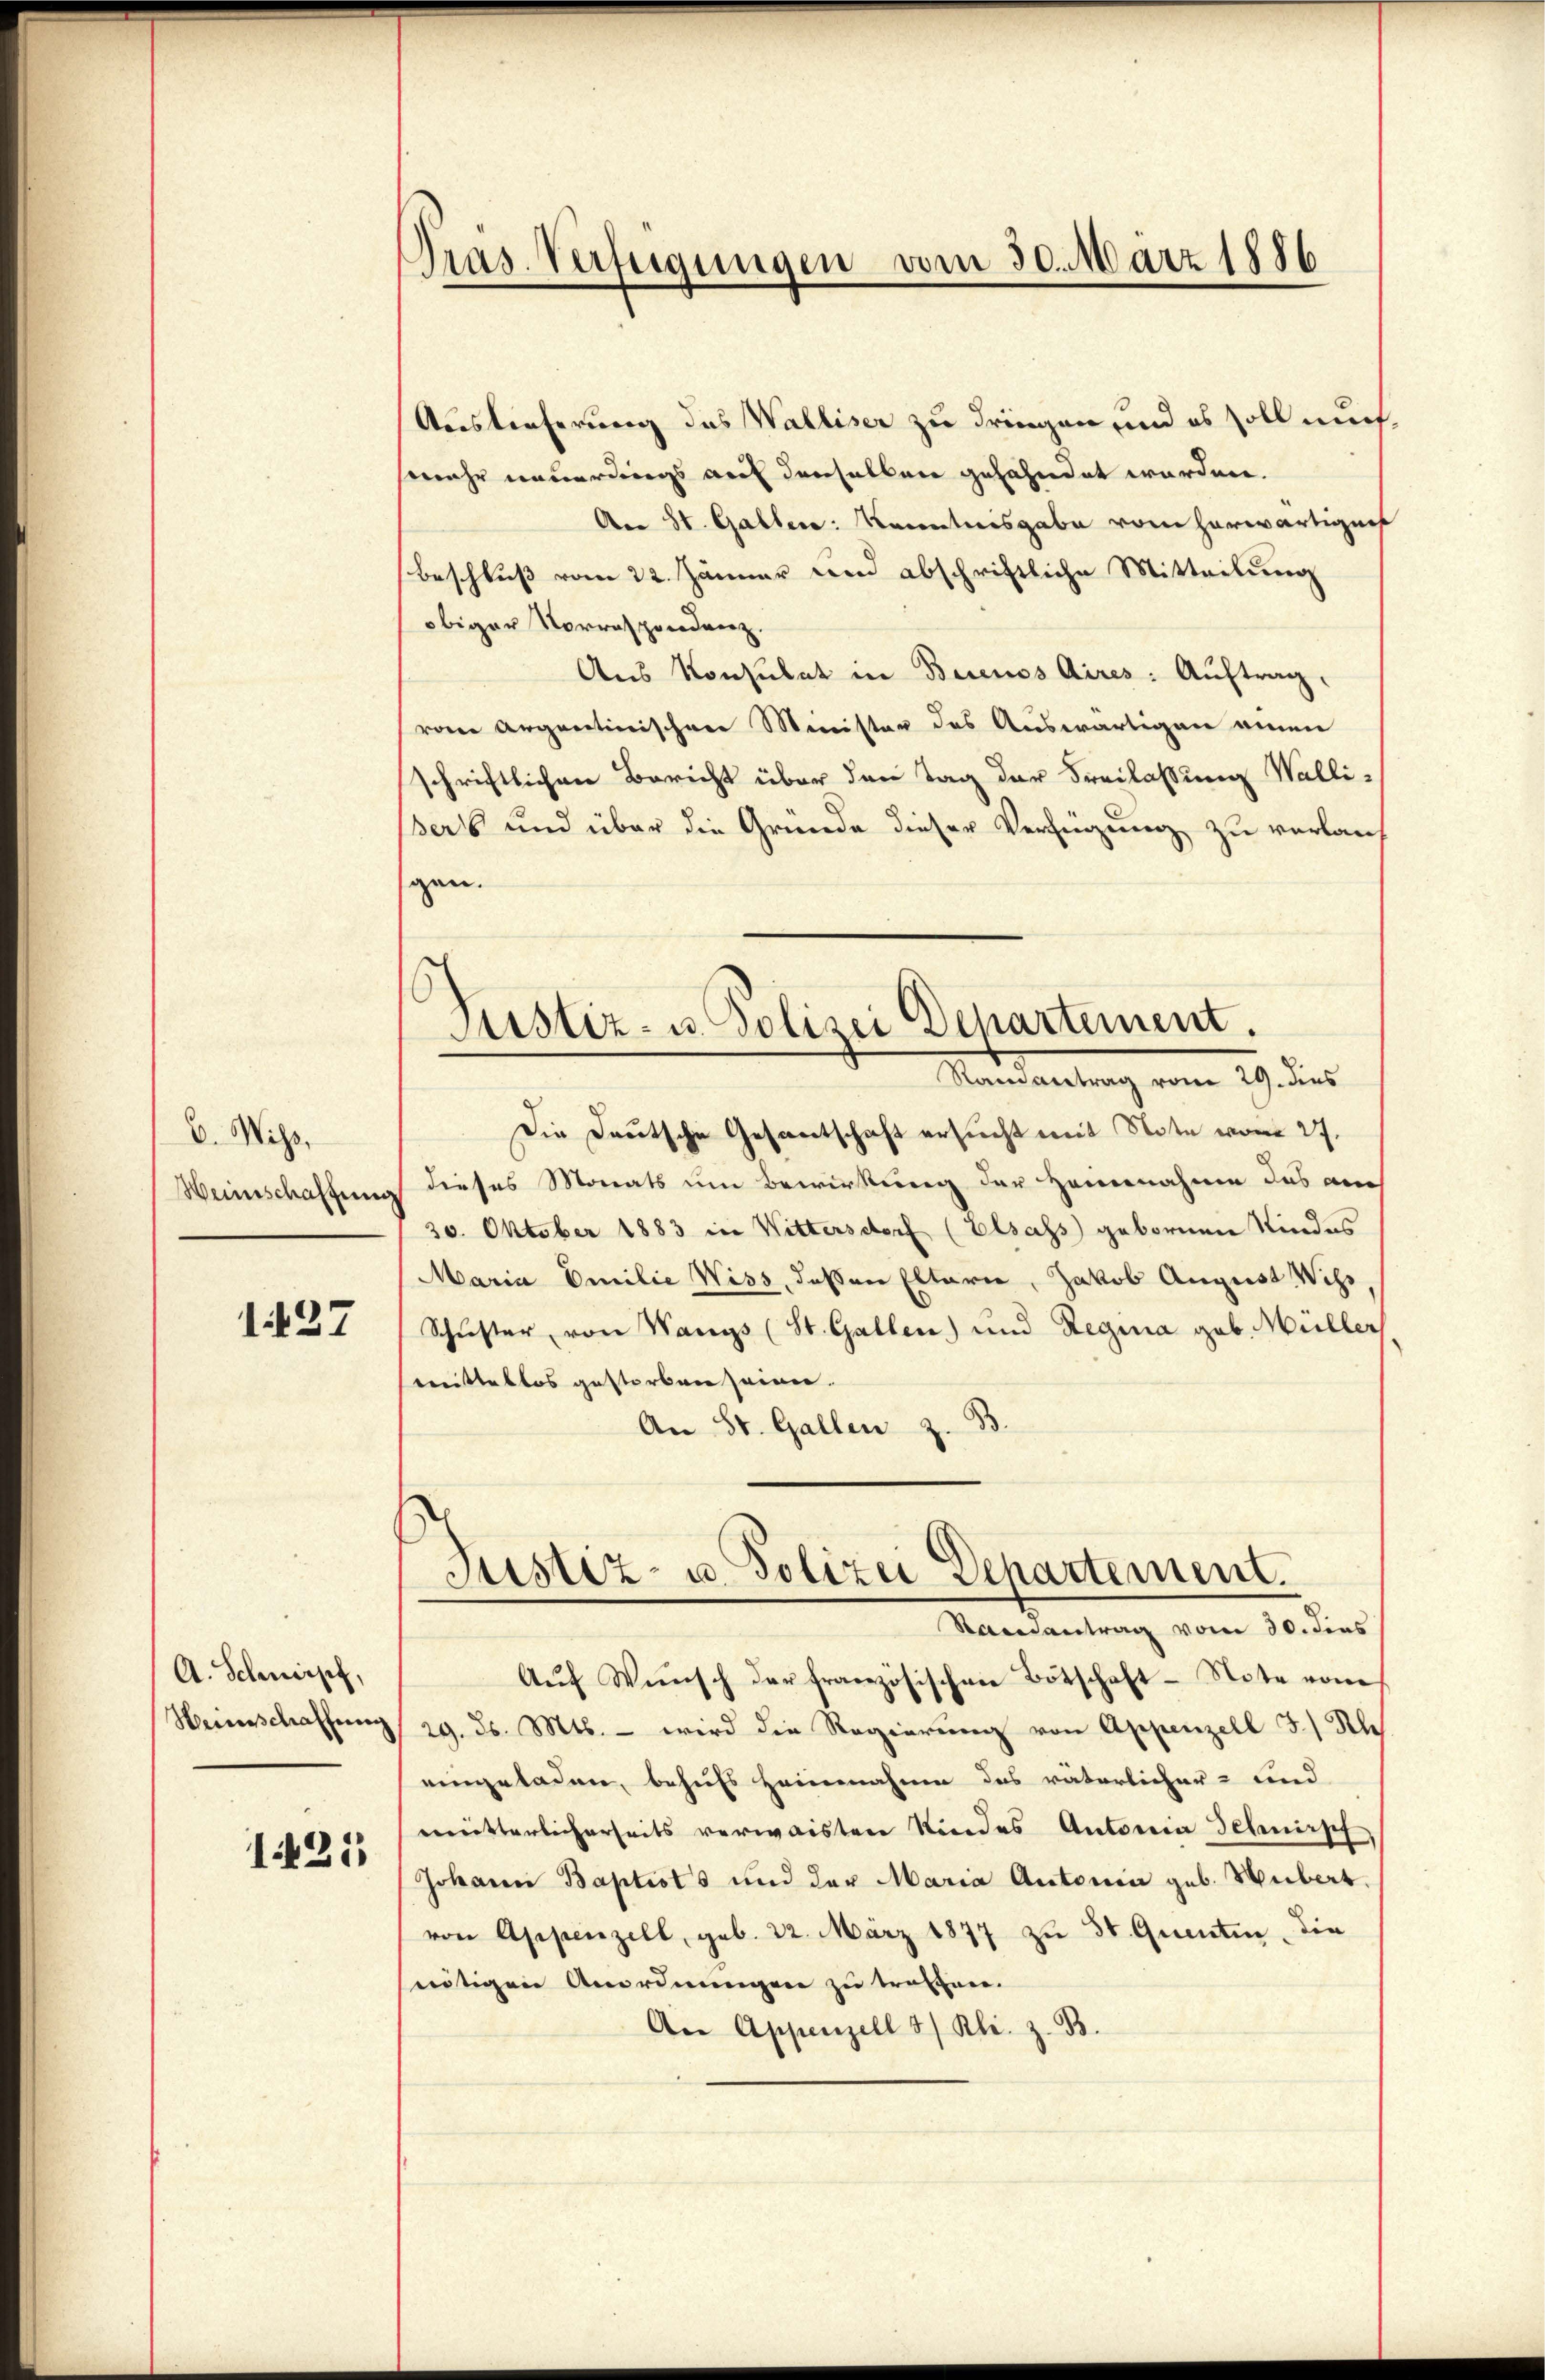
V. Wiss
Weinschaftung

1437

A. Schnisch,
Heinschaffung

1421

Pras. Verfügungen vom 30. März 1886

Auslieferung das Walliser zu dringen, und es soll mich
(mehr neuerdings auf denselben gehandet werden.
An St. Gallen: Kenntnisgabe vom herwärtignis
Beschluß vom 22. Jänner und abschriftliche Mitteilung
obiger Vorresponderz
Aus Konsulat in Buenos Aires: Auftrag.
von Angartinischene Minister des Auswärtigen einen
schriftlichen Bericht über den Tag der Freilassung Walli-
Ber 6 und über die Gründe dieser Verfügung zu verlauf
gen.
Die Deutsche Gesantschaft ersucht mit Note vom 27.
dieses Monats um Bewirkung der Heinnahmen das am
30. Oktober 1883 in Wittersdorf (Elsass geborene Kindes
Maria Emilie Wiss, deßen Elterie, Jakob August Wiss,
Schuster, von Wangs (St. Gallen) und Regina geb. Müller
mittellos gestorben seien.
An St. Gallen z. B.
Justiz- u. Polizei Departement.
Randantrag vom 30. dies
Aŭf Wünsch der französischen Botschaft Note vom
29. d. Mts. – wird die Regierung von Appenzell 3.) Sch
eingeladen, behufs Heinnahme das vaterlicher- und
mütterlicherheits verwaisten Kindes Antonia Schenpf
Johann Baptist's und der Maria Antonia geb. Hubert.
von Appenzell, geb. 22. März 1877 zu 35. Quenten, die
nötigen Anordnungen zu trafen.
An Appenzell 3/ Rli. z. B.

Justiz- u. Polizei Departement.
Mandantung vom 19. des